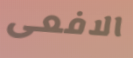
الافعى